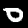
Digit: 0